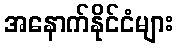
အနောက်နိုင်ငံများ